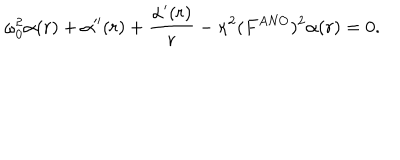
LaTeX: \omega _ { 0 } ^ { 2 } \alpha ( r ) + \alpha ^ { \prime \prime } ( r ) + \frac { \alpha ^ { \prime } ( r ) } { r } - \kappa ^ { 2 } ( F ^ { \mathrm { A N O } } ) ^ { 2 } \alpha ( r ) = 0 .